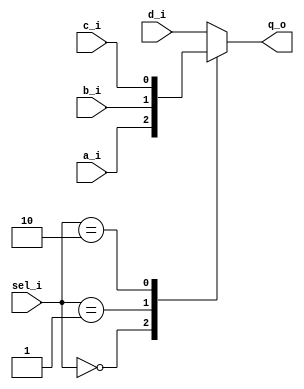
`timescale 1ns / 1ps


 module mux4_to_1 (
   q_o,
   a_i,
   b_i,
   c_i,
   d_i,
   sel_i
  
 );
 
  input a_i;
  input b_i;
  input c_i;
  input d_i;
  input [1:0] sel_i;
  output q_o;
 
  reg q_o;
 
  always@(a_i or b_i or c_i or d_i or sel_i) begin
   case (sel_i)
     2'b00   : q_o = a_i;
      2'b01   : q_o = b_i;
      2'b10   : q_o = c_i;
      default : q_o = d_i;
   endcase
  end
 
  endmodule